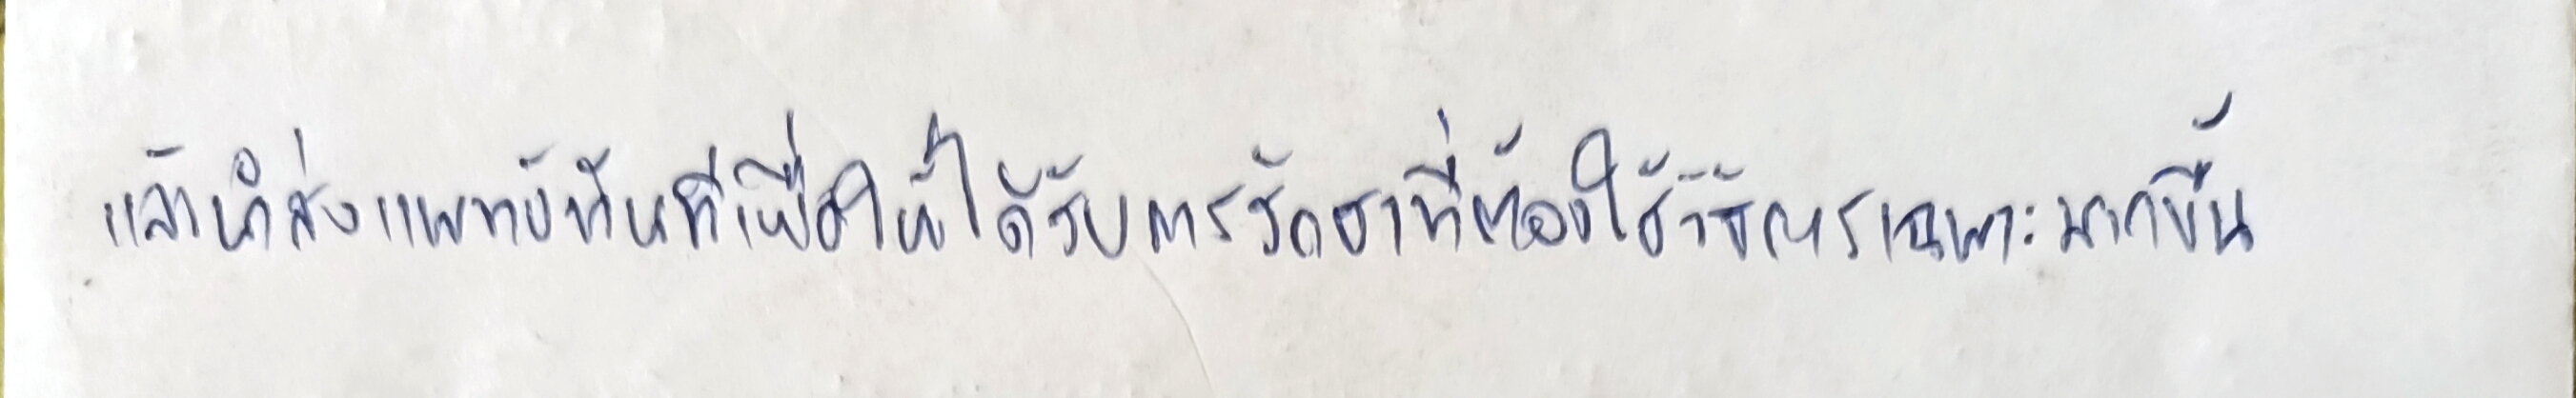
แล้วนำส่งแพทย์ทันทีเพื่อให้ได้รับการรักษาที่ต้องใช้วิธีการเฉพาะมากขึ้น